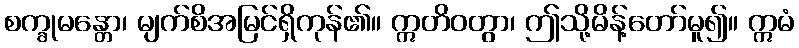
စက္ခုမန္တော၊ မျက်စိအမြင်ရှိကုန်၏။ ဣတိဝတွာ၊ ဤသို့မိန့်တော်မူ၍။ ဣမံ